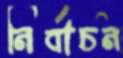
নির্বাচন